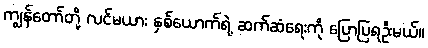
ကျွန်တော်တို့ လင်မယား နှစ်ယောက်ရဲ့ ဆက်ဆံရေးကို ပြောပြရဦးမယ်။